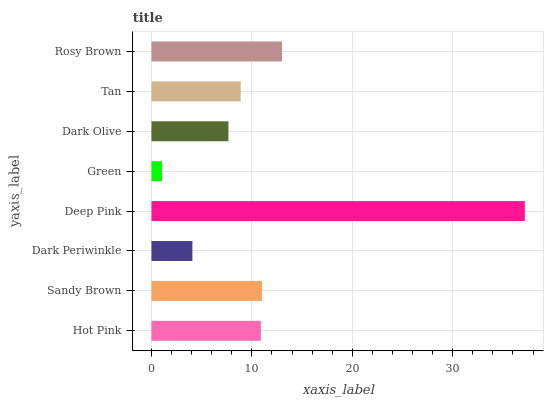
| yaxis_label | bars |
 | --- | --- |
 | Hot Pink | 10.9 |
 | Sandy Brown | 11 |
 | Dark Periwinkle | 4.08 |
 | Deep Pink | 37.2 |
 | Green | 1.06 |
 | Dark Olive | 7.67 |
 | Tan | 8.89 |
 | Rosy Brown | 13 |